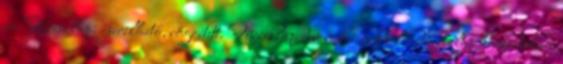
cm Fűrészlap: cserélhető, rögzített. Fűrészlap bevonata: nikkel Fűrészlap köszörülése: